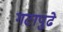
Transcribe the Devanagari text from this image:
गटापुढे